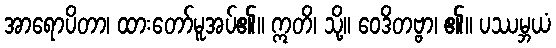
အာရောပိတာ၊ ထားတော်မူအပ်၏။ ဣတိ၊ သို့။ ဝေဒိတဗ္ဗာ၊ ၏။ ပဿမ္ဘယံ